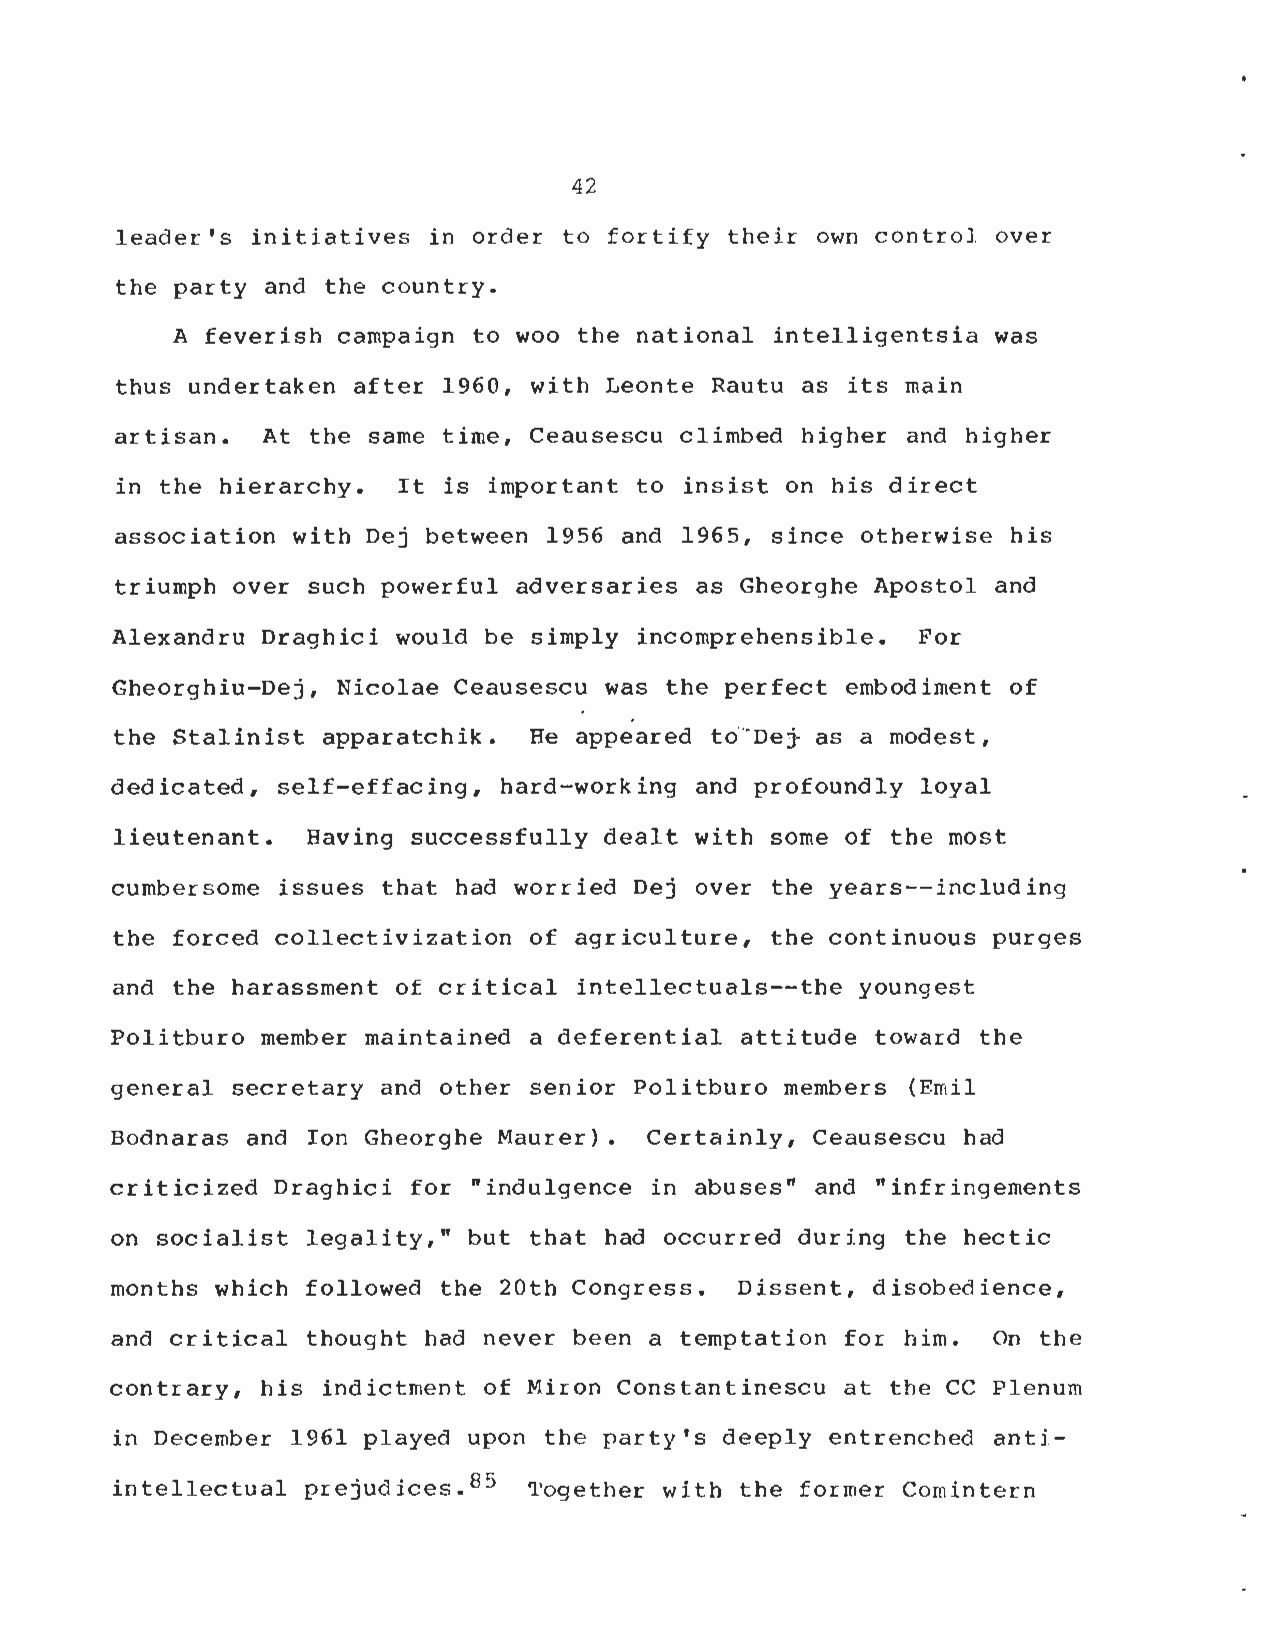
42
 leader's initiatives in order to fortify their own control over
 the party and the country .
 A feverish campaign to woo the national intelligentsia was
 thus undertaken after 1960, with Leonte Rautu as its mai n
 artisan . At the same time, Ceausescu climbed higher and highe r
 in the hierarchy . It is important to insist on his direc t
 association with Dej between 1956 and 1965, since otherwise hi s
 triumph over such powerful adversaries as Gheorghe Apostol and
 Alexandru Draghici would be simply incomprehensible . For
 Gheorghiu-Dej, Nicolae Ceausescu was the perfect embodiment o f
 the Stalinist apparatchik . He appeared to Dej- as a modest ,
 dedicated, self-effacing, hard-working and profoundly loya l
 lieutenant . Having successfully dealt with some of the mos t
 cumbersome issues that had worried Dej over the years--including
 the forced collectivization of agriculture, the continuous purges
 and the harassment of critical intellectuals--the younges t
 Politburo member maintained a deferential attitude toward th e
 general secretary and other senior Politburo members (Emil
 Bodnaras and Ion Gheorghe Maurer) . Certainly, Ceausescu had
 criticized Draghici for "indulgence in abuses" and "infringement s
 on socialist legality," but that had occurred during the hectic
 months which followed the 20th Congress . Dissent, disobedience ,
 and critical thought had never been a temptation for him . On the
 contrary, his indictment of Miron Constantinescu at the CC Plenu m
 in December 1961 played upon the party's deeply entrenched anti -
 intellectual prejudices . 85 Together with the former Comintern